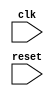
module behavioral_model (
  input wire clk,
  input wire reset
);

always @(posedge clk or negedge reset) begin
  // Specify desired behavior here
  // This block will be triggered on positive edge of clock signal and negative edge of reset signal
end

endmodule